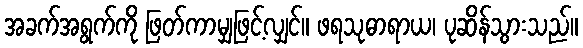
အခက်အရွက်ကို ဖြတ်ကာမျှဖြင့်လျှင်။ ဖရသုဓာရာယ၊ ပုဆိန်သွားသည်။